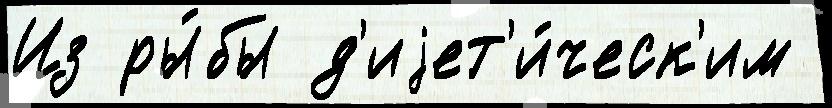
Из ры́бы д'иjет'и́ческ'им